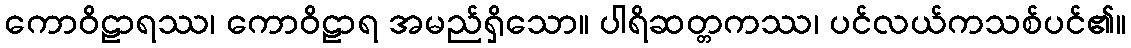
ကောဝိဠာရဿ၊ ကောဝိဠာရ အမည်ရှိသော။ ပါရိဆတ္တကဿ၊ ပင်လယ်ကသစ်ပင်၏။